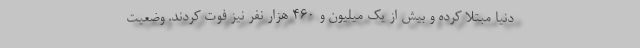
دنیا مبتلا کرده و بیش از یک میلیون و ۴۶۰ هزار نفر نیز فوت کردند. وضعیت